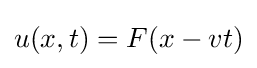
u(x,t)=F(x-vt)